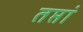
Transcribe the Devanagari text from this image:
तप्तां